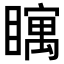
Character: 𪿀